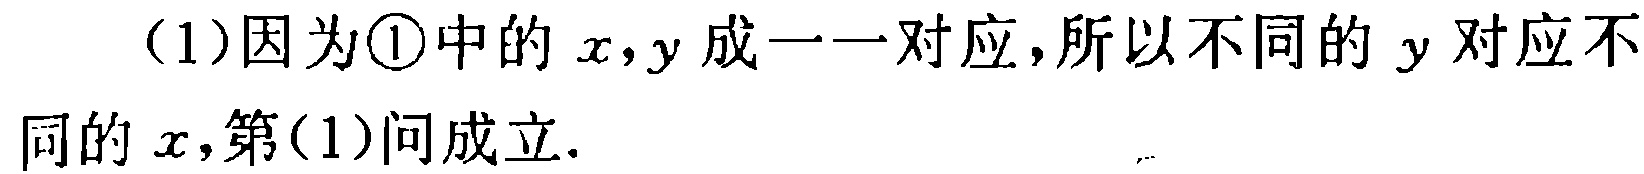
（1）因为\textcircled{1}中的\(x,y\)成一一对应，所以不同的\(y\)对应不同的\(x\)，第（1）问成立.